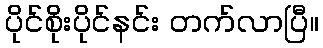
ပိုင်စိုးပိုင်နင်း တက်လာပြီ။